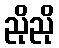
ညိုညို